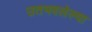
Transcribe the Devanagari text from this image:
उतभवलेल्या